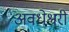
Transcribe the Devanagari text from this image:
अवधेश्वरी